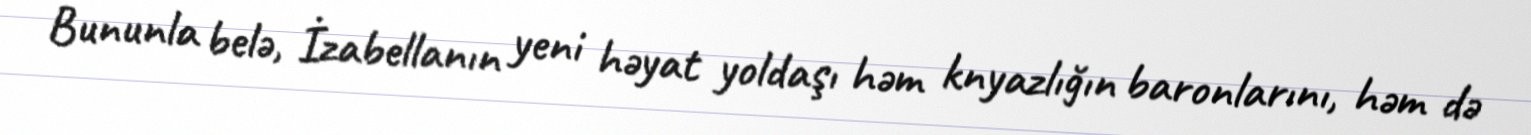
Bununla belə, İzabellanın yeni həyat yoldaşı həm knyazlığın baronlarını, həm də